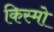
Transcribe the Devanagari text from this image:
किस्मो